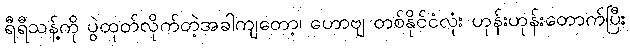
ရီရီသန့်ကို ပွဲထုတ်လိုက်တဲ့အခါကျတော့၊ ဟောဗျ တစ်နိုင်ငံလုံး ဟုန်းဟုန်းတောက်ပြီး